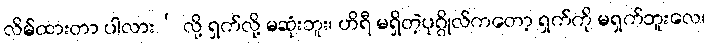
လိမ်ထားတာ ပါလား’ လို့ ရှက်လို့ မဆုံးဘူး၊ ဟိရီ မရှိတဲ့ပုဂ္ဂိုလ်ကတော့ ရှက်ကို မရှက်ဘူးလေ၊